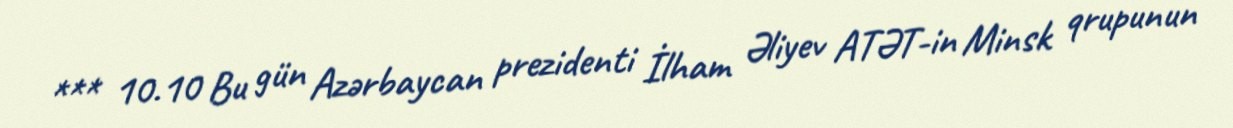
*** 10.10 Bu gün Azərbaycan prezidenti İlham Əliyev ATƏT-in Minsk qrupunun